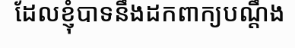
ដែលខ្ញុំបាទនឹងដកពាក្យបណ្តឹង